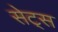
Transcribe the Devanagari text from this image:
सेट्‌स